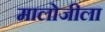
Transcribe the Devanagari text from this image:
मालोजीला